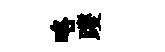
咯躞